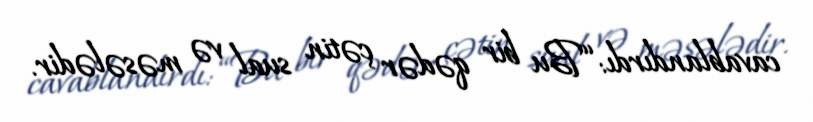
cavablandırdı: “Bu bir qədər çətin sual və məsələdir.